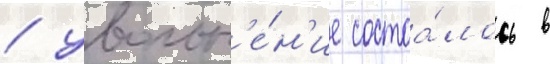
/ увольн'е́н'ие состоа́лось в